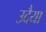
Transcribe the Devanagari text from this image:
उदैया